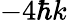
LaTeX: -4\hbar k